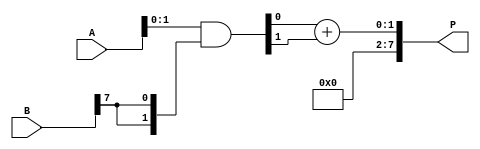
module wallace_tree_multiplier #(parameter N = 8) (
    input  [N-1:0] A,  // Multiplicand
    input  [N-1:0] B,  // Multiplier
    output [2*N-1:0] P // Product
);
    // Generate partial products
    wire [N-1:0] pp [0:N-1]; // Partial products
    genvar i, j;
    
    // Generate partial products
    generate
        for (i = 0; i < N; i = i + 1) begin : pp_gen
            assign pp[i] = A & {N{B[i]}};
        end
    endgenerate

    // Wallace Tree Reduction
    wire [N-1:0] sum [0:N-1]; // Sums
    wire [N-1:0] carry [0:N-1]; // Carries
    wire [N-1:0] final_sum;
    wire [N-1:0] final_carry;

    // Initial stage of reduction
    generate
        for (i = 0; i < N; i = i + 1) begin : reduction_stage
            if (i < N-1) begin
                // Full adder for the first N-1 bits
                assign {carry[i][0], sum[i]} = pp[i][0] + pp[i][1] + pp[i][2];
            end else begin
                // Last stage, just sum the remaining bits
                assign final_sum = pp[i][0] + pp[i][1];
            end
        end
    endgenerate

    // Final Addition
    wire [2*N-1:0] final_product;
    assign final_product = {final_carry, final_sum};

    // Output the final product
    assign P = final_product;

endmodule